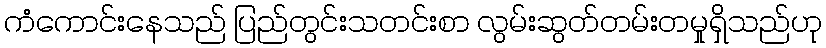
ကံကောင်းနေသည် ပြည်တွင်းသတင်းစာ လွမ်းဆွတ်တမ်းတမှုရှိသည်ဟု